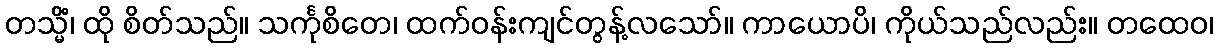
တသ္မိံ၊ ထို စိတ်သည်။ သင်္ကုစိတေ၊ ထက်ဝန်းကျင်တွန့်လသော်။ ကာယောပိ၊ ကိုယ်သည်လည်း။ တထေဝ၊